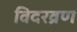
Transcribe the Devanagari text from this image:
विदरव्रण